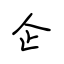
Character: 企